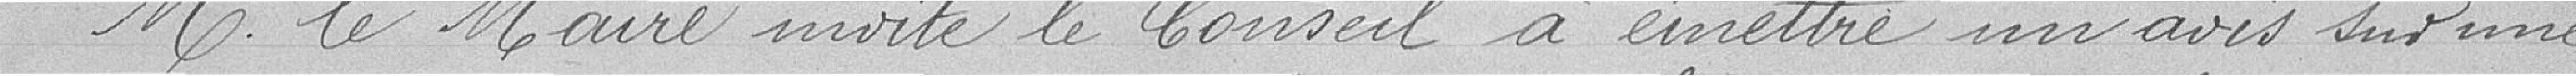
Monsieur le Maire invite le Conseil a émettre un avis sur une